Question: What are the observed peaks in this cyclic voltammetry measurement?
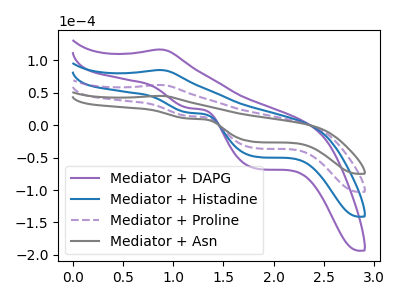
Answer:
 <answer>The purple curve "Mediator + DAPG" has an anodic peak at (0.85V, 186.35uA) and cathodic peaks at (1.15V, 42.30uA) (1.85V, -107.00uA). The blue curve "Mediator + Histadine" has an anodic peak at (0.85V, 124.20uA) and cathodic peaks at (1.15V, 28.20uA) (1.85V, -71.35uA). The purple dashed curve "Mediator + Proline" has an anodic peak at (0.85V, 62.10uA) and cathodic peaks at (1.15V, 14.10uA) (1.85V, -35.65uA). The gray curve "Mediator + Asn" has an anodic peak at (0.85V, 45.30uA) and cathodic peaks at (1.15V, 10.30uA) (1.85V, -26.00uA).</answer>
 <eval></eval>